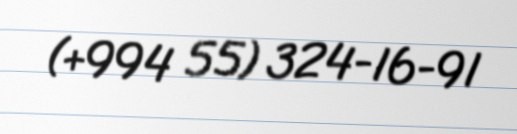
(+994 55) 324-16-91